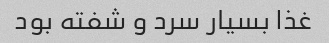
غذا بسیار سرد و شفته بود